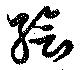
絵